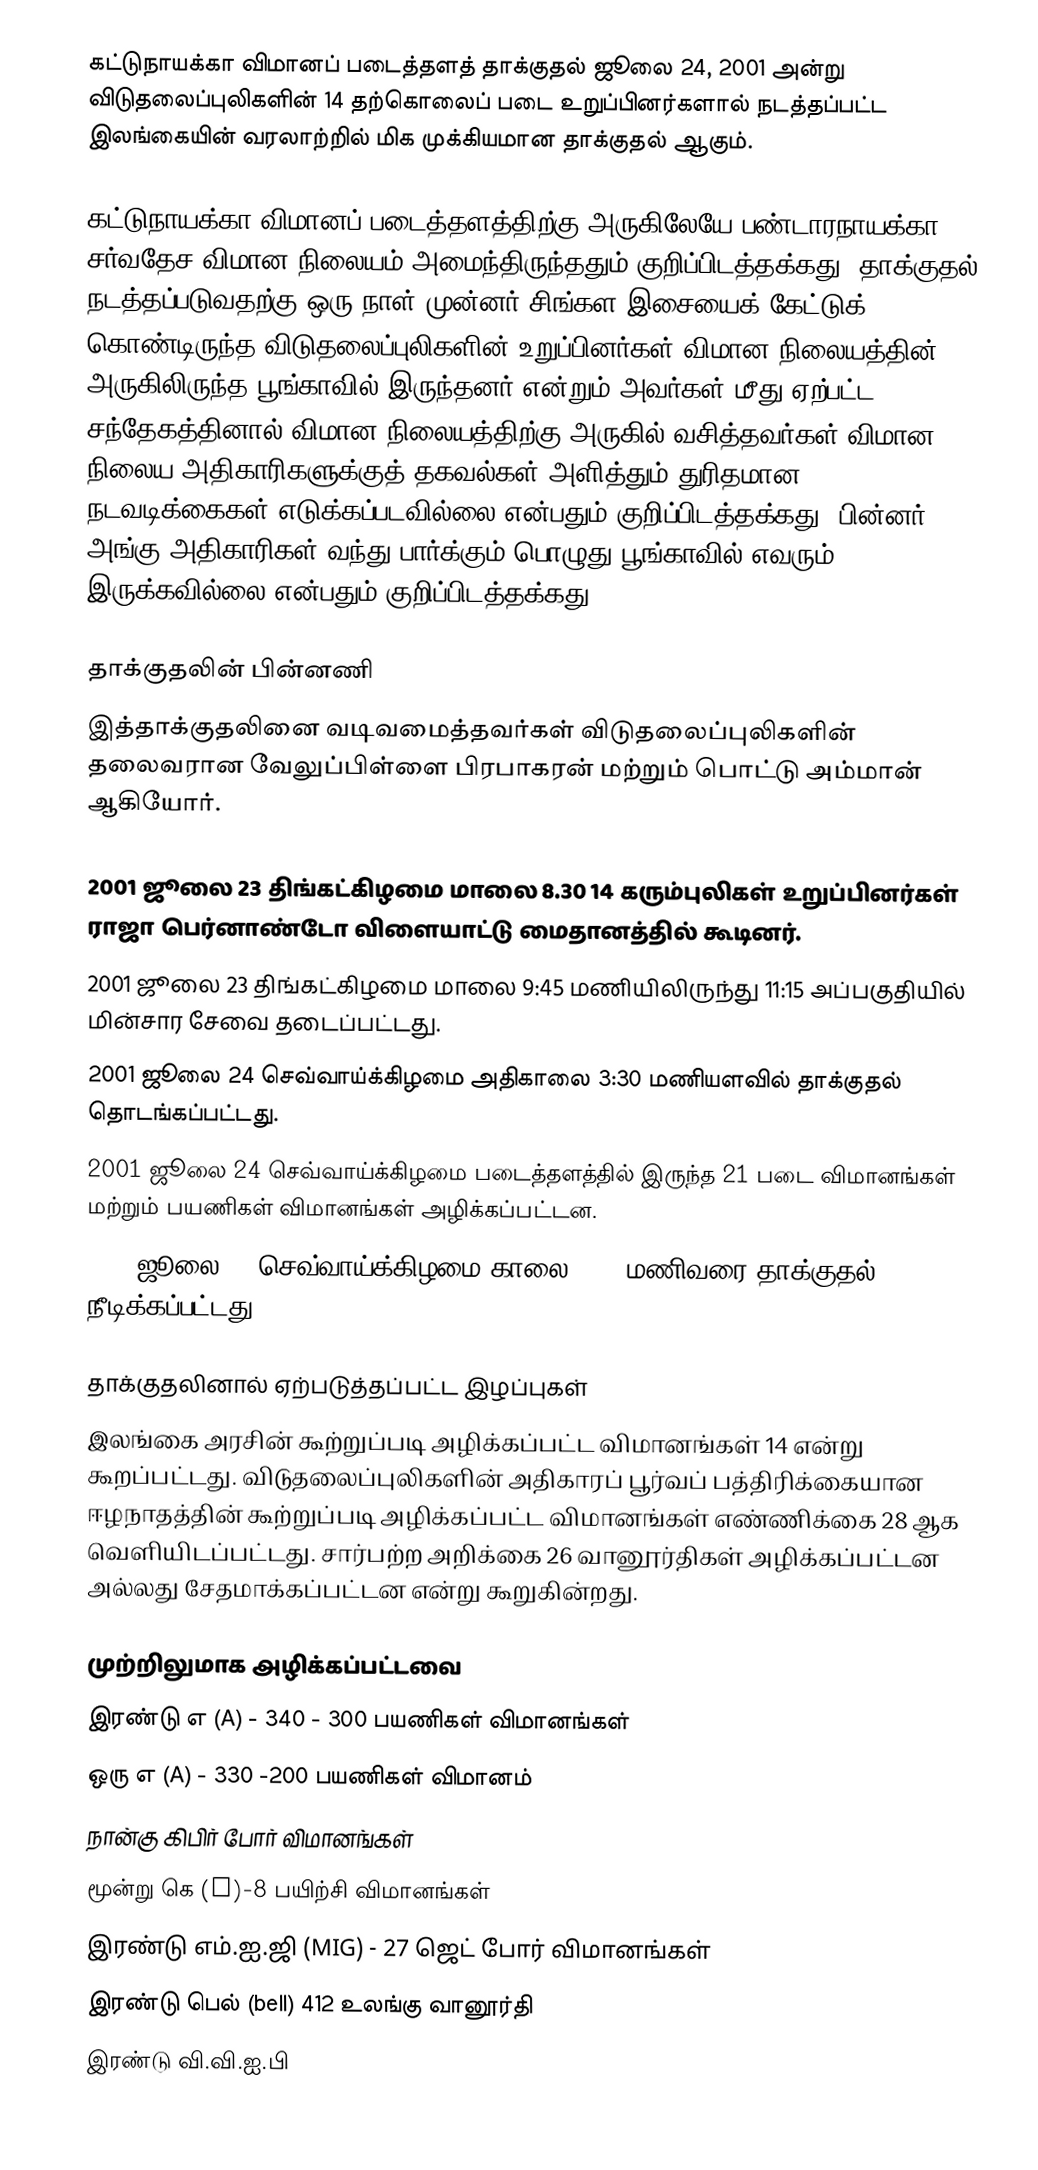
கட்டுநாயக்கா விமானப் படைத்தளத் தாக்குதல் ஜூலை 24, 2001 அன்று விடுதலைப்புலிகளின் 14 தற்கொலைப் படை உறுப்பினர்களால் நடத்தப்பட்ட இலங்கையின் வரலாற்றில் மிக முக்கியமான தாக்குதல் ஆகும்.

கட்டுநாயக்கா விமானப் படைத்தளத்திற்கு அருகிலேயே பண்டாரநாயக்கா சர்வதேச விமான நிலையம் அமைந்திருந்ததும் குறிப்பிடத்தக்கது. தாக்குதல் நடத்தப்படுவதற்கு ஒரு நாள் முன்னர் சிங்கள இசையைக் கேட்டுக் கொண்டிருந்த விடுதலைப்புலிகளின் உறுப்பினர்கள் விமான நிலையத்தின் அருகிலிருந்த பூங்காவில் இருந்தனர் என்றும் அவர்கள் மீது ஏற்பட்ட சந்தேகத்தினால் விமான நிலையத்திற்கு அருகில் வசித்தவர்கள் விமான நிலைய அதிகாரிகளுக்குத் தகவல்கள் அளித்தும் துரிதமான நடவடிக்கைகள் எடுக்கப்படவில்லை என்பதும் குறிப்பிடத்தக்கது. பின்னர் அங்கு அதிகாரிகள் வந்து பார்க்கும் பொழுது பூங்காவில் எவரும் இருக்கவில்லை என்பதும் குறிப்பிடத்தக்கது.

தாக்குதலின் பின்னணி
இத்தாக்குதலினை வடிவமைத்தவர்கள் விடுதலைப்புலிகளின் தலைவரான வேலுப்பிள்ளை பிரபாகரன் மற்றும் பொட்டு அம்மான் ஆகியோர்.

2001 ஜூலை 23 திங்கட்கிழமை மாலை 8.30 14 கரும்புலிகள் உறுப்பினர்கள் ராஜா பெர்னாண்டோ விளையாட்டு மைதானத்தில் கூடினர்.
2001 ஜூலை 23 திங்கட்கிழமை மாலை 9:45 மணியிலிருந்து 11:15  அப்பகுதியில் மின்சார சேவை தடைப்பட்டது.
2001 ஜூலை 24 செவ்வாய்க்கிழமை  அதிகாலை 3:30 மணியளவில் தாக்குதல் தொடங்கப்பட்டது.
2001 ஜூலை 24 செவ்வாய்க்கிழமை  படைத்தளத்தில் இருந்த 21 படை விமானங்கள் மற்றும் பயணிகள் விமானங்கள் அழிக்கப்பட்டன.
2001 ஜூலை 24 செவ்வாய்க்கிழமை  காலை 8.30 மணிவரை தாக்குதல் நீடிக்கப்பட்டது.

தாக்குதலினால் ஏற்படுத்தப்பட்ட இழப்புகள்
இலங்கை அரசின் கூற்றுப்படி அழிக்கப்பட்ட விமானங்கள் 14 என்று கூறப்பட்டது. விடுதலைப்புலிகளின் அதிகாரப் பூர்வப் பத்திரிக்கையான ஈழநாதத்தின் கூற்றுப்படி அழிக்கப்பட்ட விமானங்கள் எண்ணிக்கை 28 ஆக வெளியிடப்பட்டது. சார்பற்ற அறிக்கை 26 வானூர்திகள் அழிக்கப்பட்டன அல்லது சேதமாக்கப்பட்டன என்று கூறுகின்றது.

முற்றிலுமாக அழிக்கப்பட்டவை
இரண்டு  எ (A) - 340 - 300  பயணிகள் விமானங்கள்
ஒரு எ (A) - 330 -200  பயணிகள் விமானம்
நான்கு கிபிர் போர் விமானங்கள்
மூன்று கெ (K)-8 பயிற்சி விமானங்கள்
இரண்டு எம்.ஐ.ஜி  (MIG) - 27 ஜெட் போர் விமானங்கள்
இரண்டு  பெல் (bell) 412 உலங்கு வானூர்தி
இரண்டு வி.வி.ஐ.பி